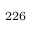
^ { 2 2 6 }